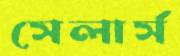
সেলার্স